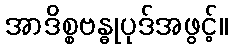
အာဒိစ္စဗန္ဓုပုဒ်အဖွင့်။